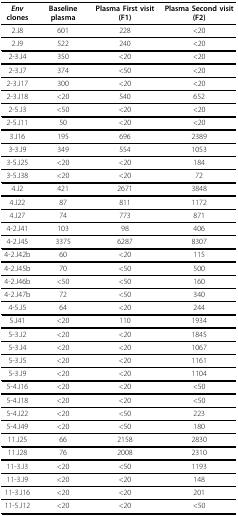
<table><thead><tr><td><b><i>Env </i>clones</b></td><td><b>Baseline plasma</b></td><td><b>Plasma First visit (F1)</b></td><td><b>Plasma Second visit (F2)</b></td></tr></thead><tbody><tr><td>2.J8</td><td>601</td><td>228</td><td>&lt;20</td></tr><tr><td>2.J9</td><td>522</td><td>240</td><td>&lt;20</td></tr><tr><td>2-3.J4</td><td>350</td><td>&lt;20</td><td>&lt;20</td></tr><tr><td>2-3.J7</td><td>374</td><td>&lt;50</td><td>&lt;20</td></tr><tr><td>2-3.J17</td><td>300</td><td>&lt;20</td><td>&lt;20</td></tr><tr><td>2-3.J18</td><td>&lt;20</td><td>540</td><td>652</td></tr><tr><td>2-5.J3</td><td>&lt;50</td><td>&lt;20</td><td>&lt;20</td></tr><tr><td>2-5.J11</td><td>50</td><td>&lt;20</td><td>&lt;20</td></tr><tr><td>3.J16</td><td>195</td><td>696</td><td>2389</td></tr><tr><td>3-3.J9</td><td>349</td><td>554</td><td>1053</td></tr><tr><td>3-5.J25</td><td>&lt;20</td><td>&lt;20</td><td>184</td></tr><tr><td>3-5.J38</td><td>&lt;20</td><td>&lt;20</td><td>72</td></tr><tr><td>4.J2</td><td>421</td><td>2671</td><td>3848</td></tr><tr><td>4.J22</td><td>87</td><td>811</td><td>1172</td></tr><tr><td>4.J27</td><td>74</td><td>773</td><td>871</td></tr><tr><td>4-2.J41</td><td>103</td><td>98</td><td>406</td></tr><tr><td>4-2.J45</td><td>3375</td><td>6287</td><td>8307</td></tr><tr><td>4-2.J42b</td><td>60</td><td>&lt;20</td><td>115</td></tr><tr><td>4-2.J45b</td><td>70</td><td>&lt;50</td><td>500</td></tr><tr><td>4-2.J46b</td><td>&lt;50</td><td>&lt;50</td><td>160</td></tr><tr><td>4-2.J47b</td><td>72</td><td>&lt;50</td><td>340</td></tr><tr><td>4-5.J5</td><td>64</td><td>&lt;20</td><td>244</td></tr><tr><td>5.J41</td><td>&lt;20</td><td>110</td><td>1934</td></tr><tr><td>5-3.J2</td><td>&lt;20</td><td>&lt;20</td><td>1845</td></tr><tr><td>5-3.J4</td><td>&lt;20</td><td>&lt;20</td><td>1067</td></tr><tr><td>5-3.J5</td><td>&lt;20</td><td>&lt;20</td><td>1161</td></tr><tr><td>5-3.J9</td><td>&lt;20</td><td>&lt;20</td><td>1104</td></tr><tr><td>5-4.J16</td><td>&lt;20</td><td>&lt;20</td><td>&lt;50</td></tr><tr><td>5-4.J18</td><td>&lt;20</td><td>&lt;20</td><td>&lt;50</td></tr><tr><td>5-4.J22</td><td>&lt;20</td><td>&lt;50</td><td>223</td></tr><tr><td>5-4.J49</td><td>&lt;20</td><td>&lt;50</td><td>180</td></tr><tr><td>11.J25</td><td>66</td><td>2158</td><td>2830</td></tr><tr><td>11.J28</td><td>76</td><td>2008</td><td>2310</td></tr><tr><td>11-3.J3</td><td>&lt;20</td><td>&lt;50</td><td>1193</td></tr><tr><td>11-3.J9</td><td>&lt;20</td><td>&lt;20</td><td>148</td></tr><tr><td>11-3.J16</td><td>&lt;20</td><td>&lt;20</td><td>201</td></tr><tr><td>11-5.J12</td><td>&lt;20</td><td>&lt;20</td><td>&lt;50</td></tr></tbody></table>